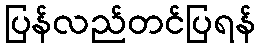
ပြန်လည်တင်ပြရန်